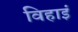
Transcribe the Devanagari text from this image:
विहाइं